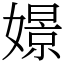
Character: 𡡡